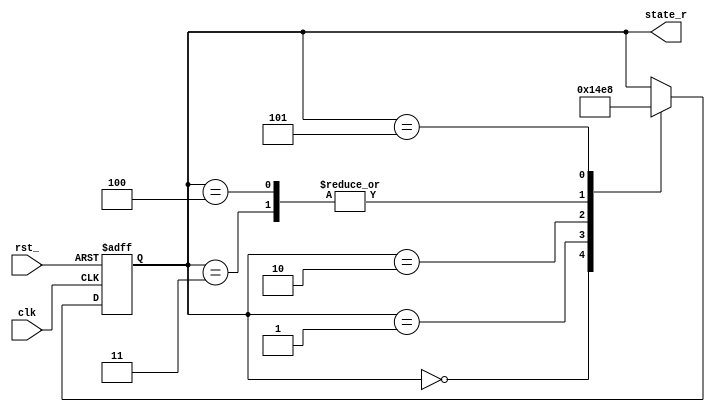
module sm_2 (
           state_r,
           clk, rst_
           );
   parameter [2:0]      
     IDLE                                                       = 3'b000,
     SEND                                                       = 3'b001,
     WAIT1                                                      = 3'b010,
     UPDATE1                                                    = 3'b011,
     WAIT2                                                      = 3'b100;
   parameter [2:0]       UPDATE2  = 3'b101;
   parameter [2:0]      NOT_A_STATE_ELEMENT  = 3'b101;
   parameter [2:0]      
     A_OTHER_STATE_ELEMENT  = 3'b101;
   input        clk; 
   input        rst_;
   output [2:0] state_r; 
   reg [2:0]     state_r; 
   reg [2:0]     state_e1;                
   always @(state_r) begin
      case(state_r) 
        IDLE: begin
           state_e1  = SEND;
        end
        SEND: begin
           state_e1  = WAIT1;
        end
        WAIT1: begin
           state_e1  = UPDATE1;
        end
        UPDATE1: begin
           state_e1  = UPDATE2;
        end
        WAIT2: begin
           state_e1  = UPDATE2;
        end
        UPDATE2: begin
           state_e1  = IDLE;
        end
        default:        state_e1  = state_r;
      endcase
   end
   always @(posedge clk or negedge rst_) begin
      if (~rst_) begin
         state_r <= #0 IDLE;
      end
      else begin
         state_r <= #0 state_e1;
      end
   end
   reg [55:0] _stateascii_r;            
   always @(state_r) begin
      case ({state_r})
        IDLE:     _stateascii_r  = "idle   ";
        SEND:     _stateascii_r  = "send   ";
        WAIT1:    _stateascii_r  = "wait1  ";
        UPDATE1:  _stateascii_r  = "update1";
        WAIT2:    _stateascii_r  = "wait2  ";
        UPDATE2:  _stateascii_r  = "update2";
        default:  _stateascii_r  = "%Error ";
      endcase
   end
endmodule